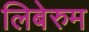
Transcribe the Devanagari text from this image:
लिबेरुम